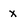
Character: x